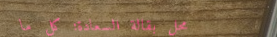
محل بقالة السعادة: كل ما